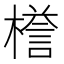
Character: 𣚞